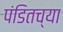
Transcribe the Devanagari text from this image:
पंडितच्या